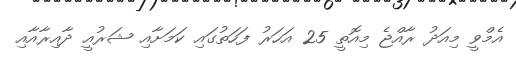
އެމްވީ މިއަދު ރާއްޖެ މިއޮތީ 25 އަހަރު ފަހަތުގައި ކަމަށާއި ޝަރުއީ ދާއިރާއާއި